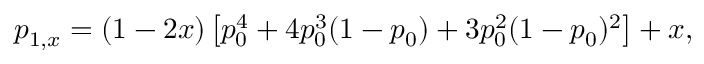
p _ { 1 , x } = ( 1 - 2 x ) \left[ p _ { 0 } ^ { 4 } + 4 p _ { 0 } ^ { 3 } ( 1 - p _ { 0 } ) + 3 p _ { 0 } ^ { 2 } ( 1 - p _ { 0 } ) ^ { 2 } \right] + x ,